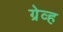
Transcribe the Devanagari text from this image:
ग्रेव्ह